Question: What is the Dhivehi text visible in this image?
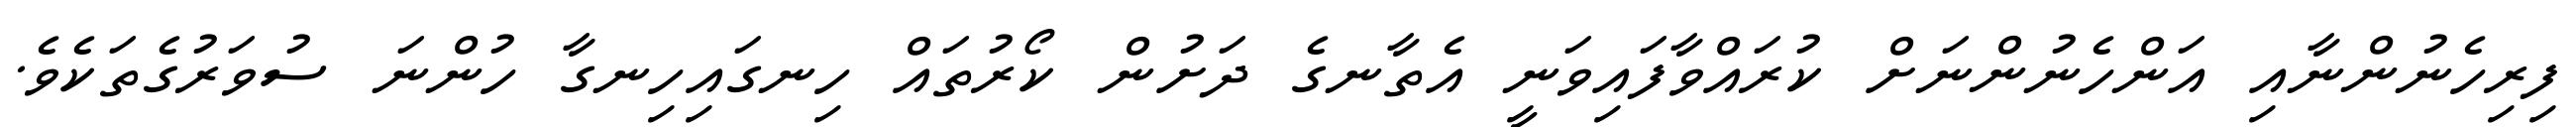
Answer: ފިރިހެނުންނާއި އަންހެނުންނަށް ކުރައްވާފައިވަނީ އެތާނގެ ދަށުން ކޯރުތައް ހިނގައިހިނގާ ހުންނަ ސުވަރުގެތަކެވެ.